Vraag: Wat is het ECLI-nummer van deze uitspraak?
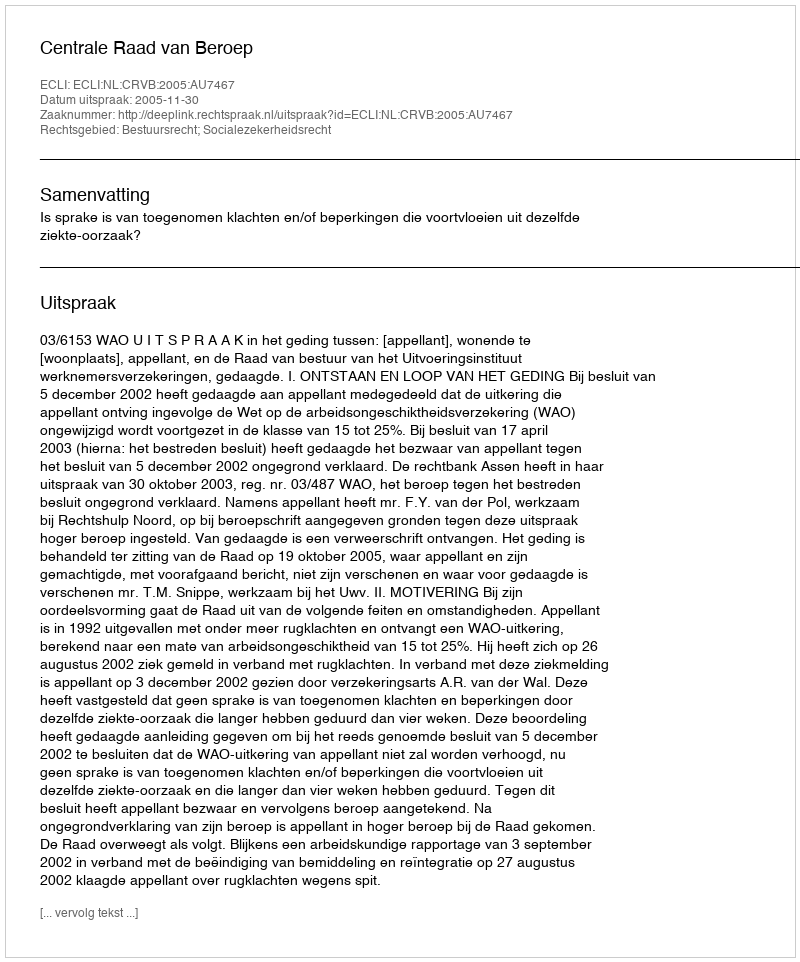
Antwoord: ECLI:NL:CRVB:2005:AU7467